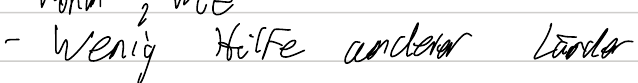
- wenig Hilfe anderer Länder